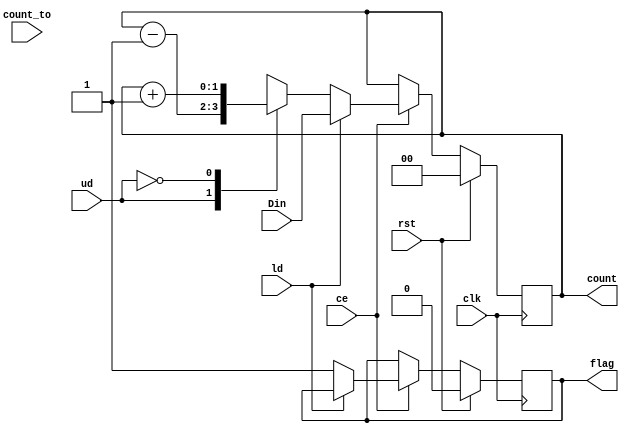
module UDF_counter #(parameter bus_width = 2, up = 0, down = 1)(
    input clk,                            // Synchronous Clock
    input rst,                            // Asynchronous Reset
    input [bus_width - 1 : 0] Din,        // Input Data
    input [bus_width - 1 : 0] count_to,   // Input Data
    input ld,                             // Control Signal - load
    input ud,                             // Control Signal - up/down
    input ce,                             // Control Signal - clock enable
    output reg [bus_width - 1 : 0] count, // Output Data
    output reg flag                       // Output data - flag
    );
    
always @ (posedge clk)
begin
    if (rst)
        begin
            count = 0;
            flag = 0;
        end
    else if (ce)
        begin
            if (ld)
                count = Din;
            else // Count up or down
                begin
                    case(ud)
                        down:   count = count - 1;
                        up:     count = count + 1;
                    endcase
                        if (count == count_to)
                            flag = 1'b1;
                        else
                            flag = 1'b1;
            end
        end
    else
        count = count;
end
endmodule